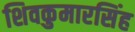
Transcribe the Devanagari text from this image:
शिवकुमारसिंह